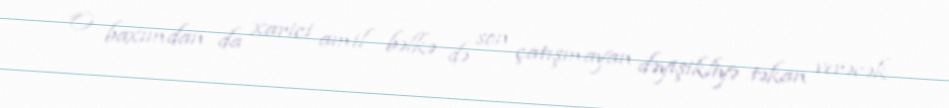
O baxımdan da xarici amil bəlkə də son çatışmayan dəyişikliyə təkan verəcək